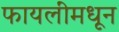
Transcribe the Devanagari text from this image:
फायलींमधून